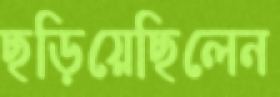
ছড়িয়েছিলেন